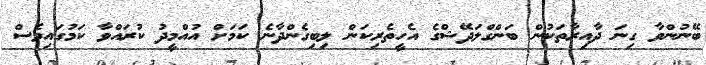
ބޭނުންވާ ގިނަ ދާއިރާތަކުން ބަންގްލަދޭޝްގެ އެހީތެރިކަން ލިބިގެންދާނެ ކަމަށް އުއްމީދު ކުރައްވާ ކަމުގައިވެސް